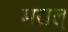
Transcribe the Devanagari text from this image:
मसल्‌